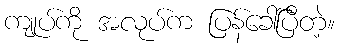
ကျုပ်ကို အလုပ်က ပြန်ခေါ်ပြီတဲ့။